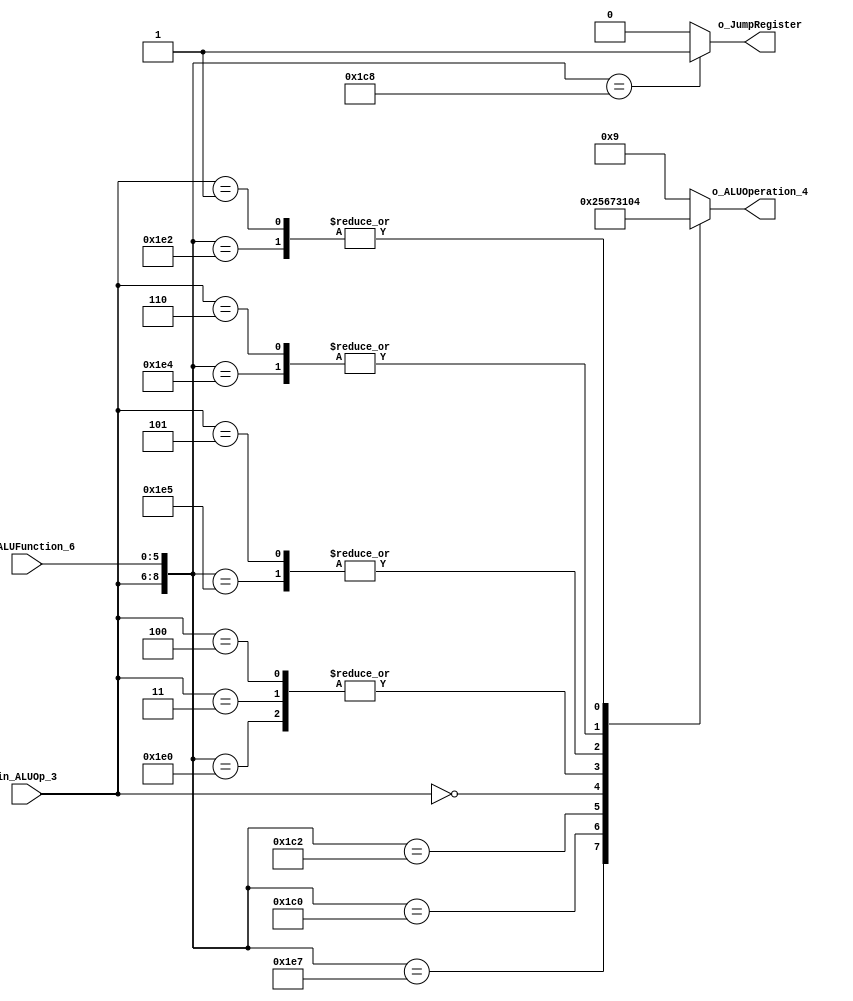
/******************************************************************
* Description
*	This is the control unit for the ALU. It receves an signal called 
*	ALUOp from the control unit and a signal called ALUFunction from
*	the intrctuion field named function.
* Version:
*	1.0
* Author:
*	Mariana Chvez Medina
*	Daro Arias Muoz
* Date:
*	07/04/2020
******************************************************************/
module ALUControl
(
	input  [2:0] in_ALUOp_3,
	input  [5:0] in_ALUFunction_6,

	output [3:0] o_ALUOperation_4,
	output o_JumpRegister

);

localparam R_Type_AND    = 9'b 111_100100;
localparam R_Type_OR     = 9'b 111_100101;
localparam R_Type_NOR    = 9'b 111_100111;
localparam R_Type_ADD    = 9'b 111_100000;
localparam R_Type_SUB    = 9'b 111_100010;

localparam R_Type_SLL    = 9'b 111_000000;
localparam R_Type_SRL    = 9'b 111_000010;

localparam R_Type_JR     = 9'b 111_001000;

localparam I_Type_ADDI   = 9'b 100_xxxxxx;
localparam I_Type_ORI    = 9'b 101_xxxxxx;
localparam I_Type_ANDI   = 9'b 110_xxxxxx;

localparam I_Type_LUI    = 9'b 000_xxxxxx;
localparam I_Type_LW     = 9'b 011_xxxxxx;

localparam I_Type_BR     = 9'b 001_xxxxxx; // Operation for branching it's the same regardless eq or ne : substraction

localparam J_Type_J      = 9'b 010_xxxxxx;

reg  [3:0] r_ALUControlValues_4;
wire [8:0] w_Selector_9;

assign w_Selector_9 = {in_ALUOp_3, in_ALUFunction_6};

always@(w_Selector_9)begin
	casex(w_Selector_9)
		R_Type_AND :  r_ALUControlValues_4 = 4'b 0000;
		R_Type_OR  :  r_ALUControlValues_4 = 4'b 0001;
		R_Type_NOR :  r_ALUControlValues_4 = 4'b 0010;
		R_Type_ADD :  r_ALUControlValues_4 = 4'b 0011;
		R_Type_SUB :  r_ALUControlValues_4 = 4'b 0100;

		R_Type_SLL :  r_ALUControlValues_4 = 4'b 0101;
		R_Type_SRL :  r_ALUControlValues_4 = 4'b 0110;

		R_Type_JR :   r_ALUControlValues_4 = 4'b 1001; // we assign the same as default value, we don't want to perform operations

		I_Type_LUI :  r_ALUControlValues_4 = 4'b 0111;
		I_Type_LW  :  r_ALUControlValues_4 = 4'b 0011; // We add sign extend and address in register to get definitive address 

		I_Type_ADDI:  r_ALUControlValues_4 = 4'b 0011;
		I_Type_ORI :  r_ALUControlValues_4 = 4'b 0001;
		I_Type_ANDI:  r_ALUControlValues_4 = 4'b 0000;

		I_Type_BR  :  r_ALUControlValues_4 = 4'b 0100;
		J_Type_J   :  r_ALUControlValues_4 = 4'b 1001; // we assign the same as default value, we don't want to perform operations
		
		default: r_ALUControlValues_4 = 4'b 1001;
	endcase
end

assign o_JumpRegister = (w_Selector_9 == R_Type_JR) ? 1'b 1 : 1'b 0;
assign o_ALUOperation_4 = r_ALUControlValues_4;

endmodule
//alucontrol//